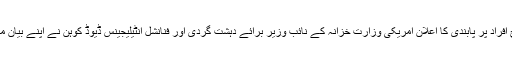
ان پانچ افراد پر پابندی کا اعلان امریکی وزارت خزانہ کے نائب وزیر برائے دہشت گردی اور فنانشل انٹیلیجینس ڈیوڈ کوہن نے اپنے بیان میں کیا۔